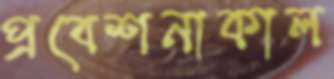
প্রবেশনাকাল